system: You are a helpful assistant.
user:
Analyze the provided spectrum to determine if it is a **"Cataclysmic Variables (CV)"**.

- **Key Indicators for CV (Check for either state):**
    - **State 1: Quiescent / Low-State (Emission-Dominated)**
        - **(Primary):** Strong and *very broad* Hydrogen Balmer emission lines (e.g., $H\alpha$ at 6563 Å, $H\beta$ at 4861 Å). The 'broadness' (high velocity dispersion, often FWHM > 1000 km/s) is the key diagnostic, indicating a high-velocity accretion disk.
        - **(Secondary):** Broad neutral Helium (He I) emission lines (e.g., 5876 Å, 6678 Å).
        - **(Key Confirmation):** Presence of high-excitation *ionized* Helium (He II) emission at 4686 Å. This is a strong indicator of accretion onto a white dwarf.
        - **(Line Profile):** Emission lines may exhibit a 'double-peaked' profile, which is a classic signature of a rotating accretion disk viewed at high inclination.

    - **State 2: Outburst / High-State (Absorption-Dominated)**
        - **(Primary):** Spectrum is dominated by a bright, blue continuum (looks like a hot star).
        - **(Secondary):** The emission lines from State 1 are weak, absent, or 'filled in', and are replaced by broad, shallow *absorption* lines (primarily Balmer and He I).
        - **(Morphology):** The overall spectrum mimics a hot B/A-type star. The crucial difference is that the absorption lines are significantly broader, shallower, and more 'washed-out' (or 'smeared') than the sharp lines of a normal stellar photosphere, due to high rotational speeds and pressure broadening in the disk.

Think first, call **spectral_visualization_tool** if needed to examine features in detail, then provide your final answer. Your response must adhere to the following strict rules:
1.  **Overall Structure:** Your response must follow the format `<think>...</think> <tool_call>...</tool_call> (if a tool is used) <answer>...</answer>`.
2.  **Tool Usage Constraint:** You may only make **one** tool call per turn.
3.  **Final Answer Format:** In the `<answer>` tag, your conclusion must be inside a `\boxed{}` command (e.g., `\boxed{YES}`), followed by your justification.

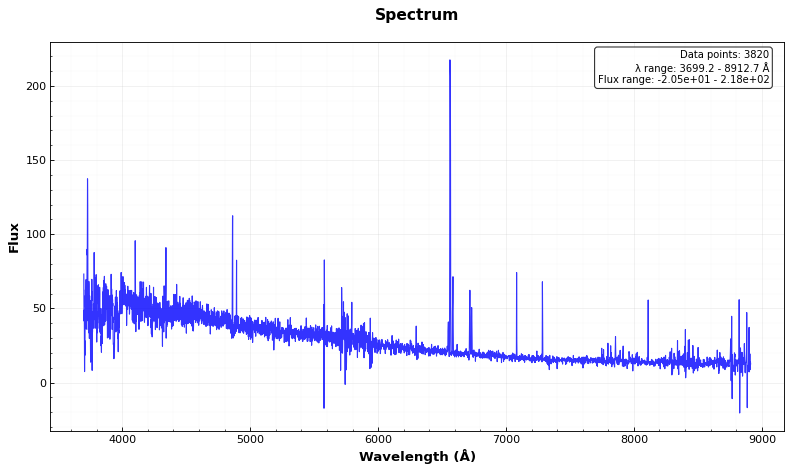
Answer: NO